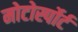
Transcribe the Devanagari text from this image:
मोटोर्स्पोर्ट